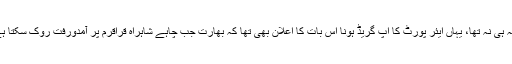
دولت بیگ آلدی اس کے لیے صرف سیاچن تک پہنچنے کا راستہ ہی نہ تھا، یہاں ایئر پورٹ کا اپ گریڈ ہونا اس بات کا اعلان بھی تھا کہ بھارت جب چاہے شاہراہ قراقرم پر آمدورفت روک سکتا ہے اور سی پیک کی عملی افادیت بھارت کے رحم و کرم پر ہے۔